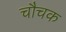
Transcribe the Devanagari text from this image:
चौचक